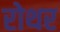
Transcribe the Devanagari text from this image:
रोथर